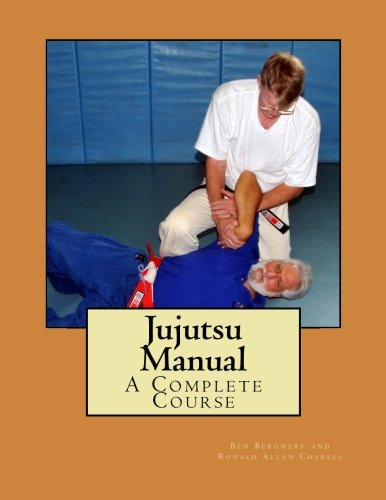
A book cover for Jujutsu Manual: Complete Jujutsu Course; Prof Ben Bergwerf; Sports & Outdoors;